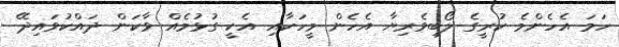
ހަމަ އެހެންމެ ކުރީގެ ލޯބިވެރިޔާ އެހެން މީހަކާއި އެކީ ގުޅުމެއް ވާކަން ދައްކުވައިދޭ